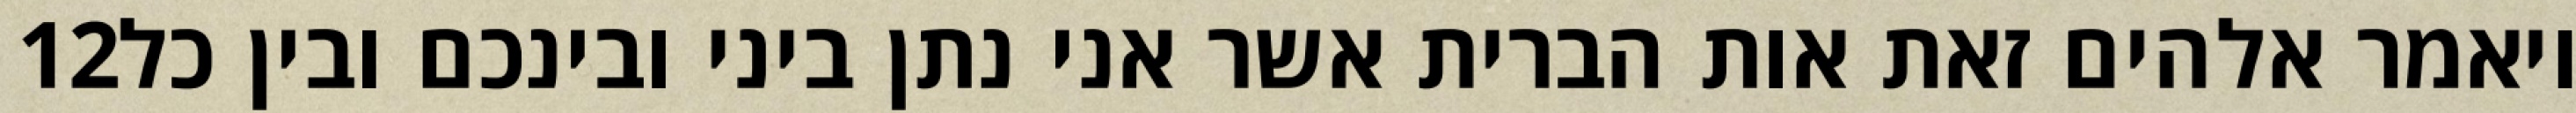
‎12‏ ויאמר אלהים זאת אות הברית אשר אני נתן ביני ובינכם ובין כל